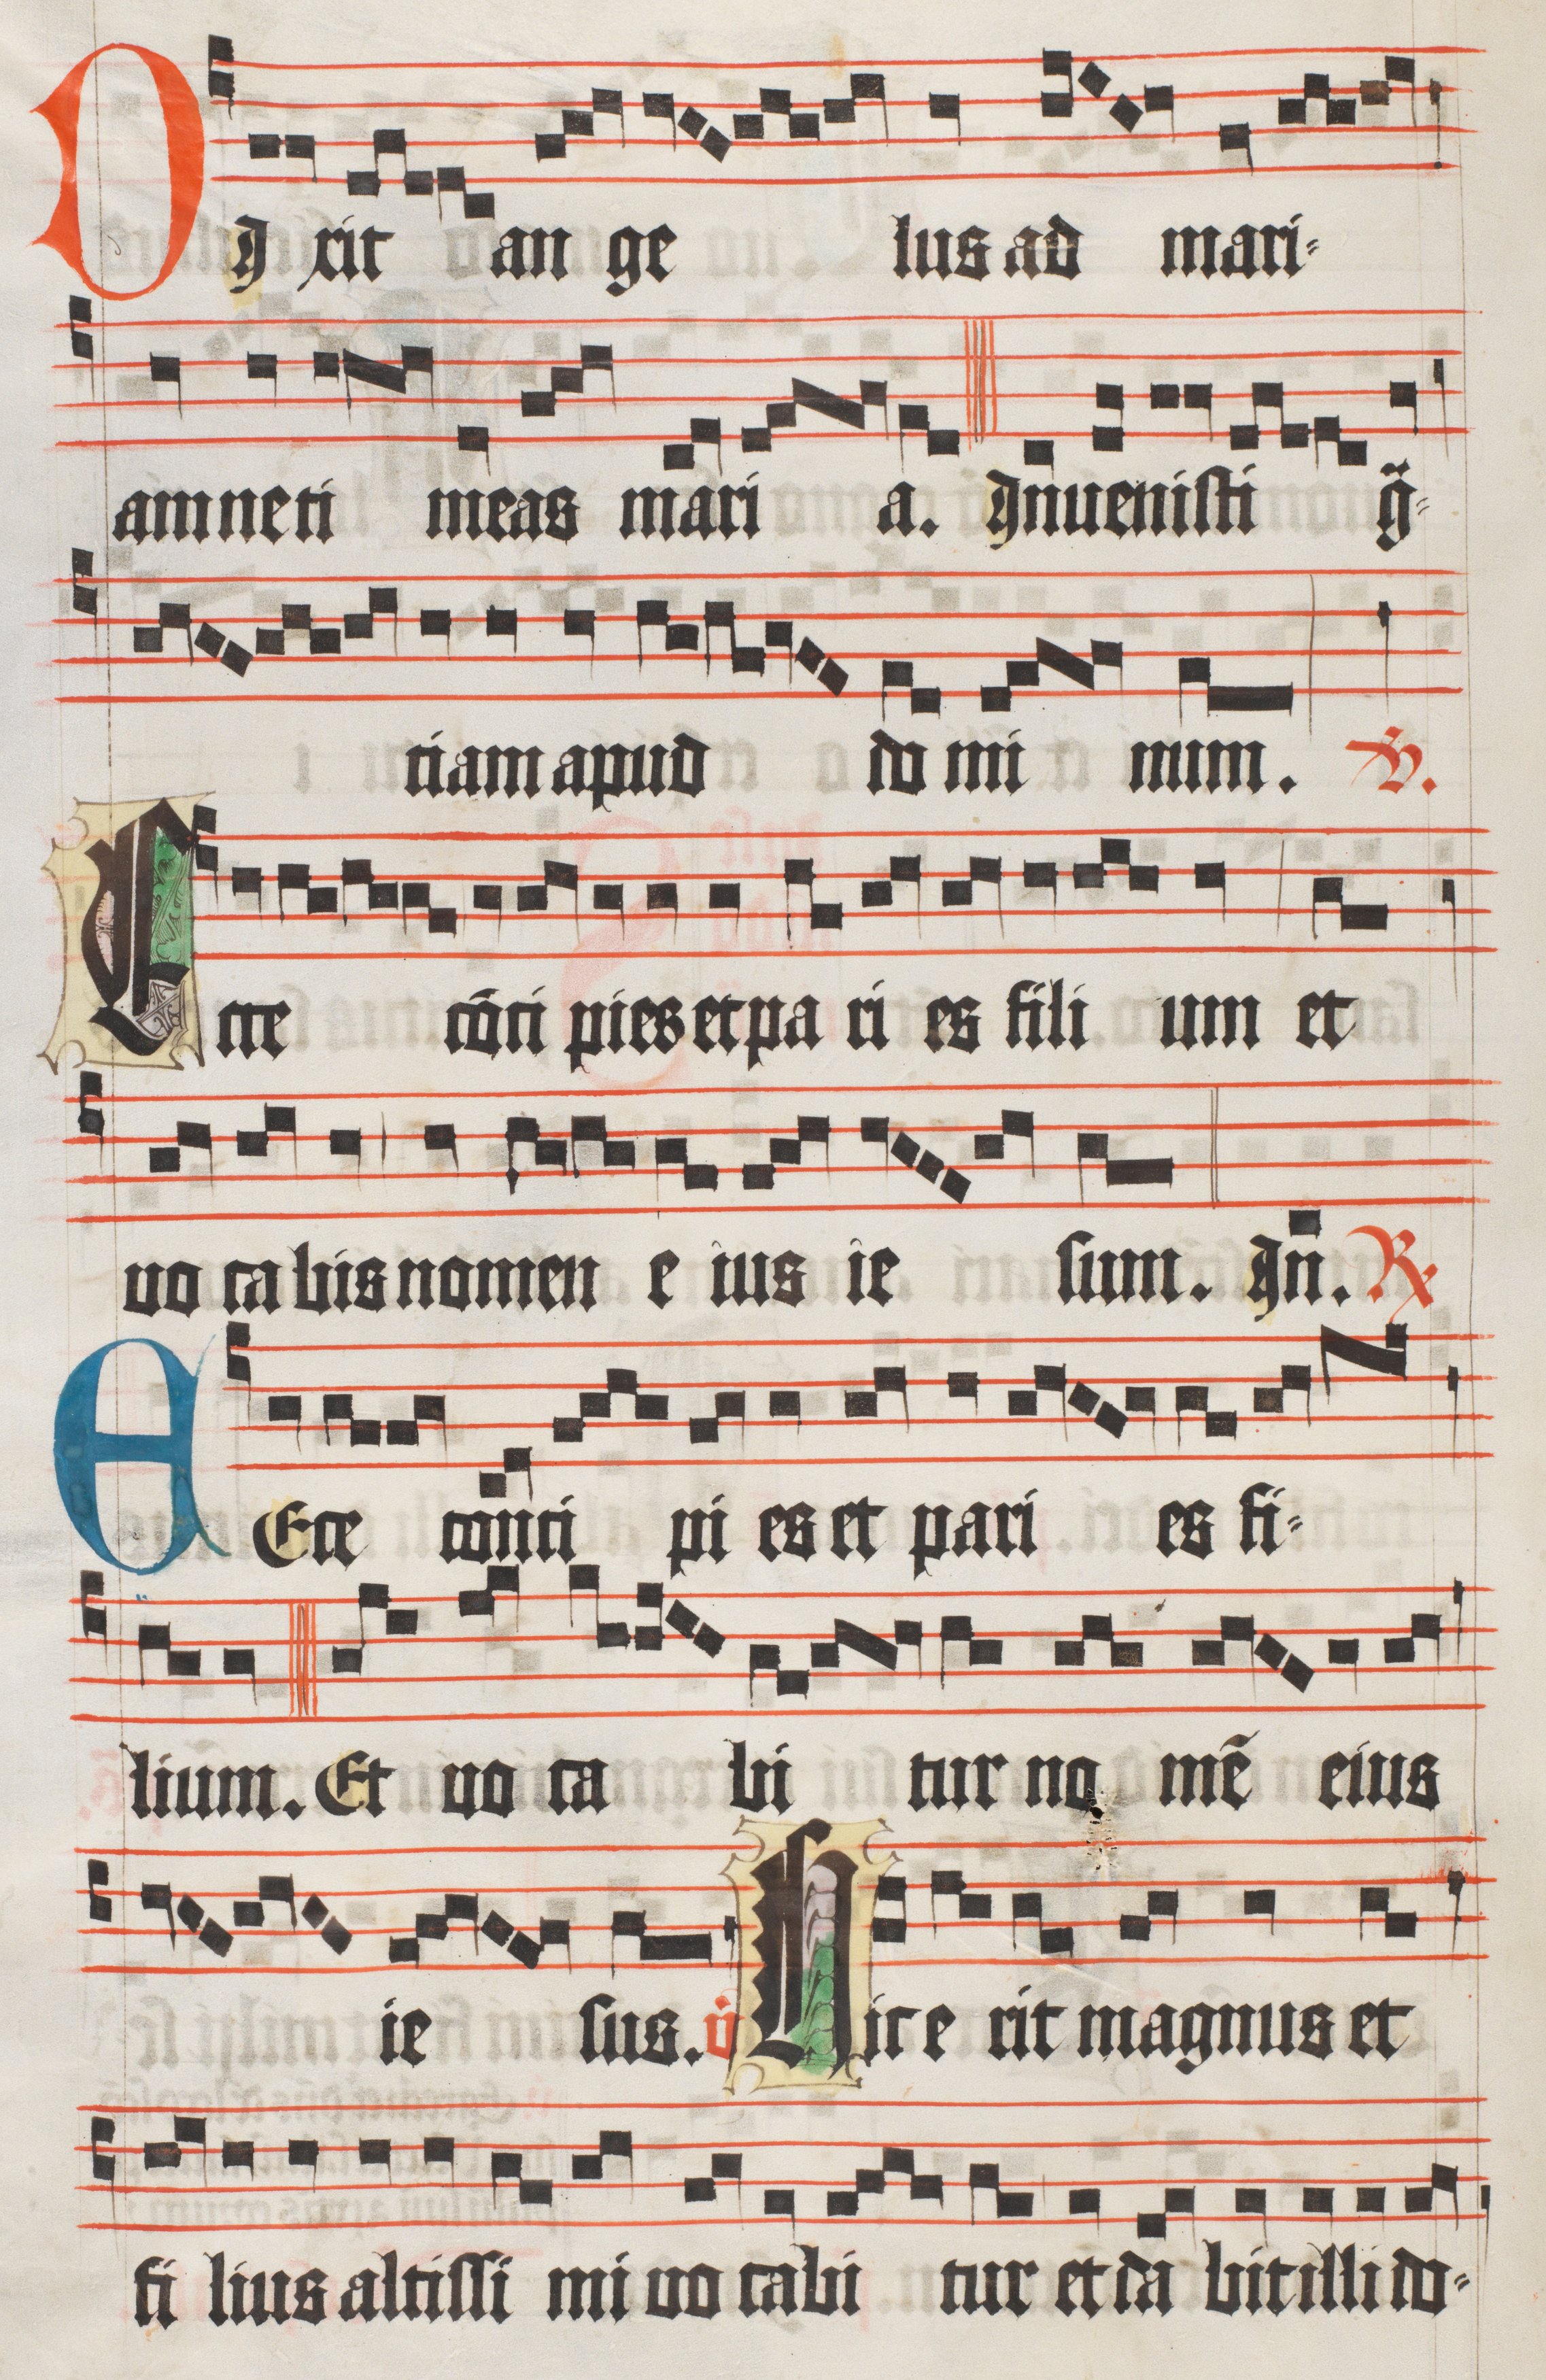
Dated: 1510–1517